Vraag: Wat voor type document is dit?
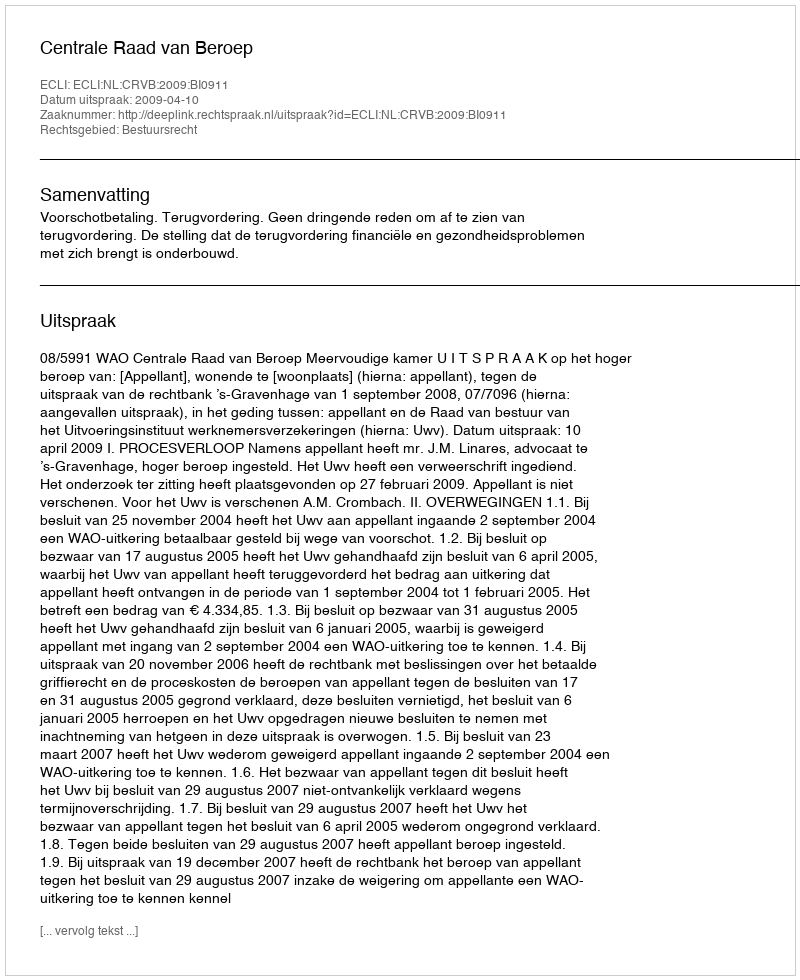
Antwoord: Uitspraak